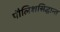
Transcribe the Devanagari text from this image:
पौलिशसिद्धान्त